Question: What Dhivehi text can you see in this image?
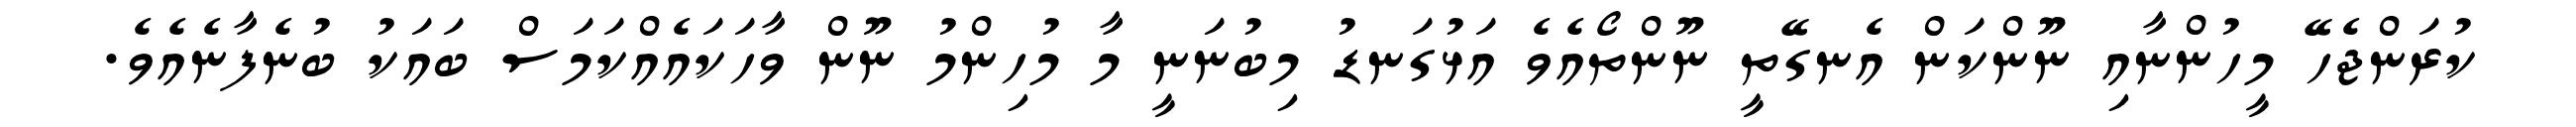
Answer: ކުރަންޖެހޭ މީހުންނާއި ނޫންކަން އެނގޭތީ ނޫންތޯއެވެ އަޅުގަނޑު މިބުނަނީ މާ މުހިންމު ނޫން ވާހަކައެއްކަމަސް ބައަކު ބުނެފާނެއެވެ.